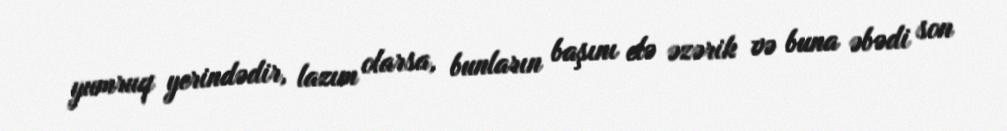
yumruq yerindədir, lazım olarsa, bunların başını elə əzərik və buna əbədi son